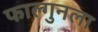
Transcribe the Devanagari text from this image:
फाल्गुनला